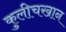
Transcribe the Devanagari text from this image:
कुलीचखान